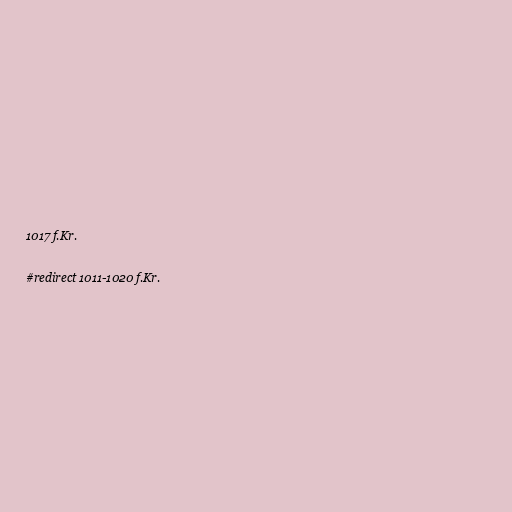
1017 f.Kr.

#redirect 1011-1020 f.Kr.